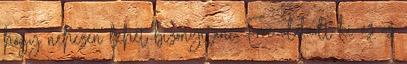
hogy nehezen lehet bizonyítani. Erre alakult ki az az